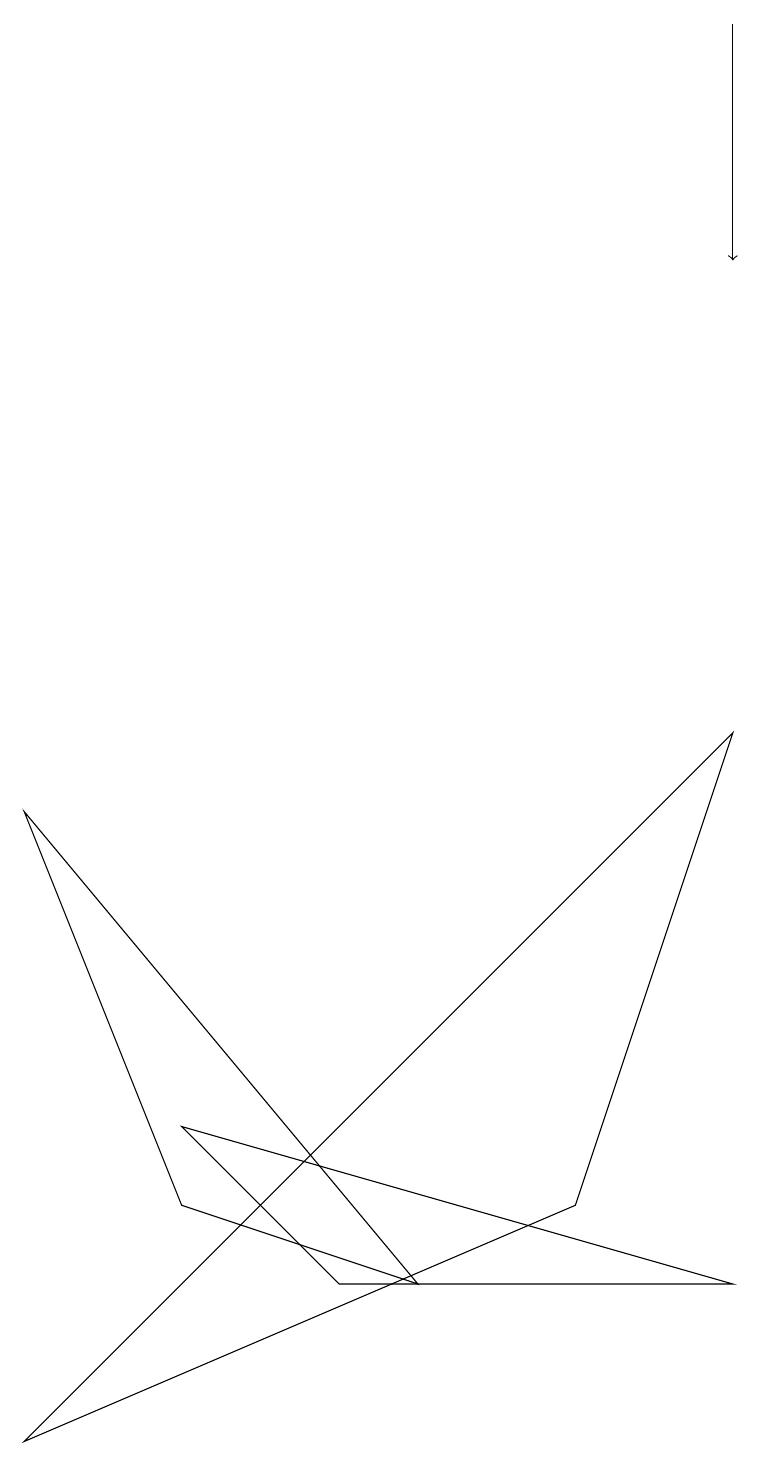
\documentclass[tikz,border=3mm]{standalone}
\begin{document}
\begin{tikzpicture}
\draw (5,2) -- (2,3) -- (0,8) -- cycle;
\draw (2,4) -- (4,2) -- (9,2) -- cycle;
\draw (7,3) -- (9,9) -- (0,0) -- cycle;
\draw[->] (9,18) -- (9,15);
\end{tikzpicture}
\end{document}